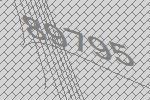
89795